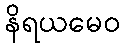
နိရယမေဝ